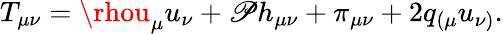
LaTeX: T_{\mu\nu}=\rhou_{\mu}u_{\nu}+\mathscr{P}h_{\mu\nu}+\pi_{\mu\nu}+2q_{(\mu}u_{\nu)}.